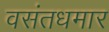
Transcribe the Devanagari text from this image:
वसंतधमार